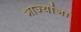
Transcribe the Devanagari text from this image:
भाज्यांना